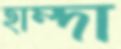
হাম্দা